Problem: 2 × 5 = ?
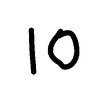
Handwritten answer: 10